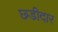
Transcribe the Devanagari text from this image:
छ्डीदार